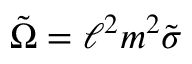
\tilde { \Omega } = \ell ^ { 2 } m ^ { 2 } \tilde { \sigma }